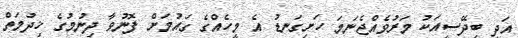
އަދި ބިދޭސީއަކު މަރުވެއްޖެނަމަ ހަށިގަނޑު އެ މީހެއްގެ ގައުމަށް ފޮނުވާ ދިނުމުގެ ޚިދުމަތް